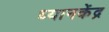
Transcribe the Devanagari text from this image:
ध्यानकेंद्र